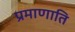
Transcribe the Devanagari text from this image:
प्रमाणाति